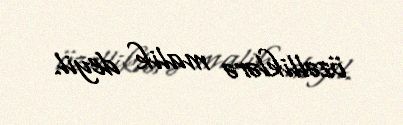
özəlliklərə malik deyil.